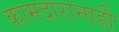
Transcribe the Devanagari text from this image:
कामदारानाही